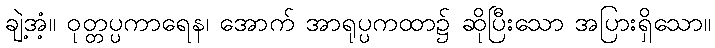
ချဲ့အံ့။ ဝုတ္တပ္ပကာရေန၊ အောက် အာရုပ္ပကထာ၌ ဆိုပြီးသော အပြားရှိသော။